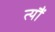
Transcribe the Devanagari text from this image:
त्यौं